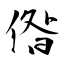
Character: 偺